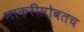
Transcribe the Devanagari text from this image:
भाकरीसोबतच